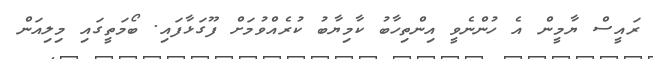
ރައީސް ޔާމީން އެ ހުންނެވީ އިންތިހާބު ކާމިޔާބު ކުރެއްވުމަށް ފޫގަޅާފައި. ބޯމަތީގައި މިލިއަން